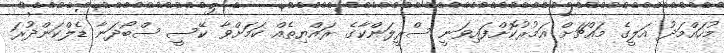
މުހައްމަދު އަލީގެ މައްޗަށް އަމުރުކޮށްފައިވަނީ ސްރީލަންކާގެ ރައްޔިތެއް ކަމަށްވާ ކޭސީ ސްބޯދަނާ ޑެލްކަންދުރަ